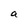
Character: a